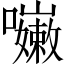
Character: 𡄨